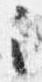
之